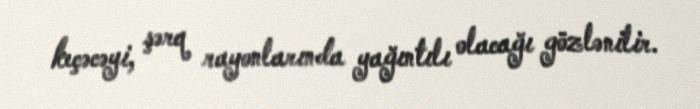
keçəcəyi, şərq rayonlarında yağıntılı olacağı gözlənilir.